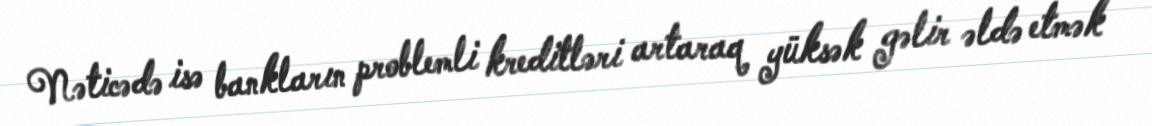
Nəticədə isə bankların problemli kreditləri artaraq yüksək gəlir əldə etmək